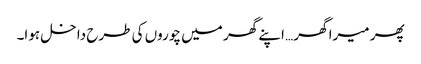
پھر میرا گھر… اپنے گھر میں چوروں کی طرح داخل ہوا۔